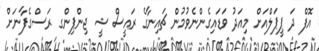
އޮފް ދަ ޕީޕަލްއަށް މިއަދު ވަޑައިގެންނެވުމުން ޗައިނާގެ ރައީސް ޝީ ޖިންޕިންގ ރަސްގެފާނަށް